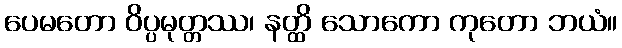
ပေမတော ဝိပ္ပမုတ္တဿ၊ နတ္ထိ သောကော ကုတော ဘယံ။